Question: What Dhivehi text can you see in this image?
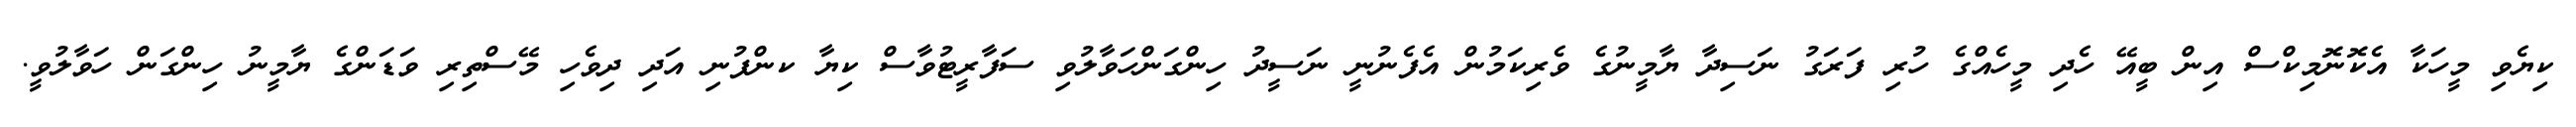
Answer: ކިޔެވި މީހަކާ އެކޮނޮމިކްސް އިން ބީއޭ ހެދި މީހެއްގެ ހުރި ފަރަގު ނަސިދާ ޔާމީނުގެ ވެރިކަމުން އެފެނުނީ ނަސީދު ހިންގަންހަވާލުވި ސަފާރީޓުވާސް ކިޔާ ކންފުނި އަދި ދިވެހި މޭސްތިރި ވަޑަންގެ ޔާމީނު ހިންގަން ހަވާލުވީ.